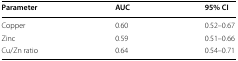
<table><thead><tr><td><b>Parameter</b></td><td><b>AUC</b></td><td><b>95% CI</b></td></tr></thead><tbody><tr><td>Copper</td><td>0.60</td><td>0.52–0.67</td></tr><tr><td>Zinc</td><td>0.59</td><td>0.51–0.66</td></tr><tr><td>Cu/Zn ratio</td><td>0.64</td><td>0.54–0.71</td></tr></tbody></table>